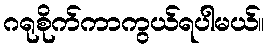
ဂရုစိုက်ကာကွယ်ရပါမယ်။